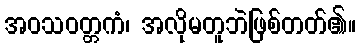
အဝသဝတ္တကံ၊ အလိုမတူဘဲဖြစ်တတ်၏။